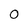
Character: 0